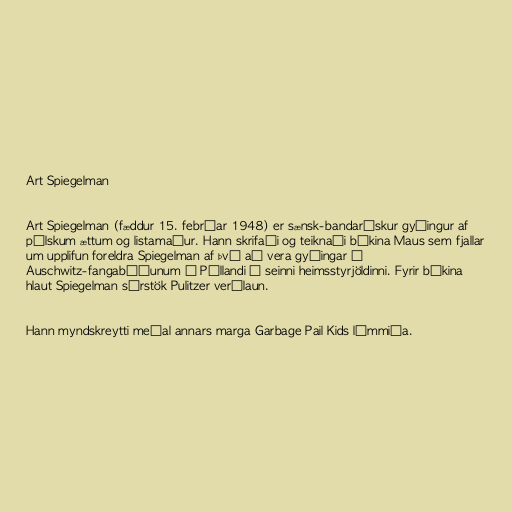
Art Spiegelman

Art Spiegelman (fæddur 15. febrúar 1948) er sænsk-bandarískur gyðingur af
pólskum ættum og listamaður. Hann skrifaði og teiknaði bókina Maus sem fjallar
um upplifun foreldra Spiegelman af því að vera gyðingar í
Auschwitz-fangabúðunum í Póllandi í seinni heimsstyrjöldinni. Fyrir bókina
hlaut Spiegelman sérstök Pulitzer verðlaun.

Hann myndskreytti meðal annars marga Garbage Pail Kids límmiða.